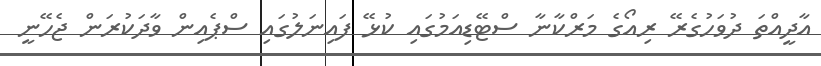
އާދީއްތަ ދުވަހުގެރޭ ރިއޯގެ މަރްކާނާ ސްޓޭޑިއަމުގައި ކުޅޭ ފައިނަލުގައި ސްޕެއިން ވާދަކުރަން ޖެހޭނީ